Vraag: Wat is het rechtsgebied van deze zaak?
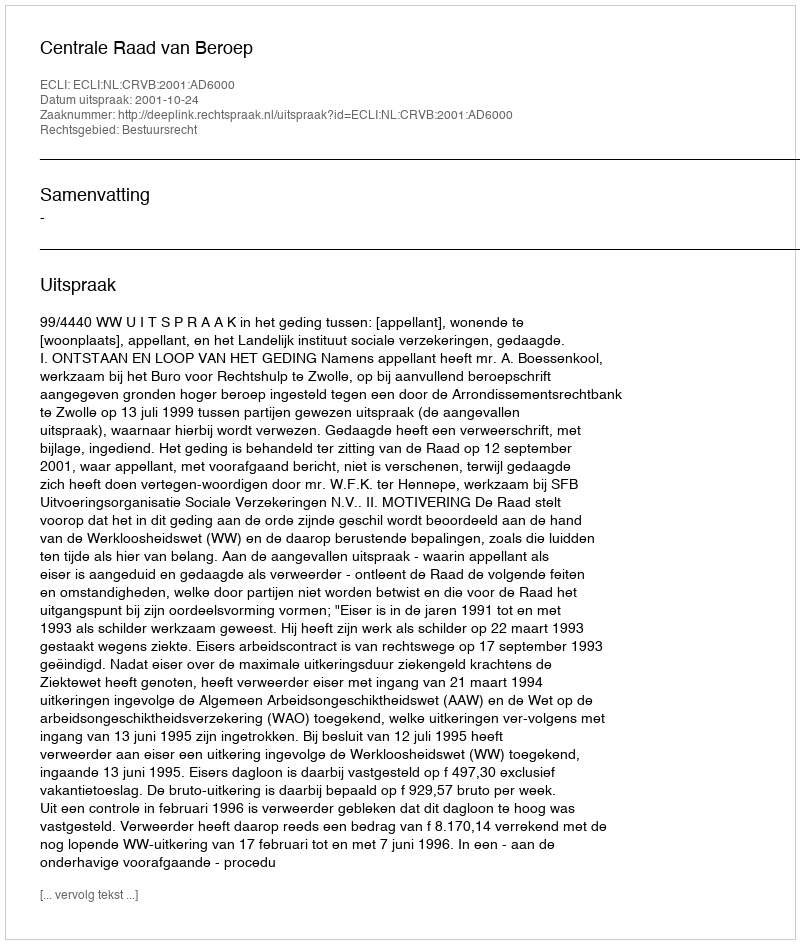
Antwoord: Bestuursrecht